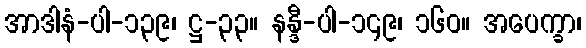
အာဒါနံ-ပါ-၁၃၉၊ ဋ္ဌ-၃၃။ နန္ဒီ-ပါ-၁၄၉၊ ၁၆၀။ အပေက္ခာ၊